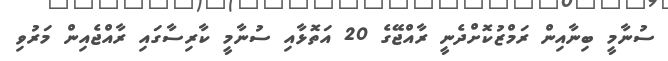
ސުނާމީ ބިނާއިން ރަމްޒުކޮށްދެނީ ރާއްޖޭގެ 20 އަތޮޅާއި ސުނާމީ ކާރިސާގައި ރާއްޖެއިން މަރުވި